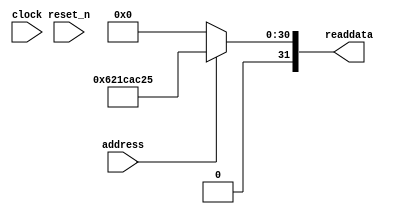
// (C) 2001-2017 Intel Corporation. All rights reserved.
// Your use of Intel Corporation's design tools, logic functions and other 
// software and tools, and its AMPP partner logic functions, and any output 
// files from any of the foregoing (including device programming or simulation 
// files), and any associated documentation or information are expressly subject 
// to the terms and conditions of the Intel Program License Subscription 
// Agreement, Intel FPGA IP License Agreement, or other applicable 
// license agreement, including, without limitation, that your use is for the 
// sole purpose of programming logic devices manufactured by Intel and sold by 
// Intel or its authorized distributors.  Please refer to the applicable 
// agreement for further details.


//Legal Notice: (C)2010 Altera Corporation. All rights reserved.  Your
//use of Altera Corporation's design tools, logic functions and other
//software and tools, and its AMPP partner logic functions, and any
//output files any of the foregoing (including device programming or
//simulation files), and any associated documentation or information are
//expressly subject to the terms and conditions of the Altera Program
//License Subscription Agreement or other applicable license agreement,
//including, without limitation, that your use is for the sole purpose
//of programming logic devices manufactured by Altera and sold by Altera
//or its authorized distributors.  Please refer to the applicable
//agreement for further details.

// synthesis translate_off
`timescale 1ns / 1ps
// synthesis translate_on

// turn off superfluous verilog processor warnings 
// altera message_level Level1 
// altera message_off 10034 10035 10036 10037 10230 10240 10030 

module nios_system_sysid (
               // inputs:
                address,
                clock,
                reset_n,

               // outputs:
                readdata
             )
;

  output  [ 31: 0] readdata;
  input            address;
  input            clock;
  input            reset_n;

  wire    [ 31: 0] readdata;
  //control_slave, which is an e_avalon_slave
  assign readdata = address ? 1646046245 : 0;

endmodule